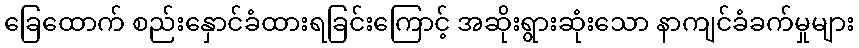
ခြေထောက် စည်းနှောင်ခံထားရခြင်းကြောင့် အဆိုးရွားဆုံးသော နာကျင်ခံခက်မှုများ